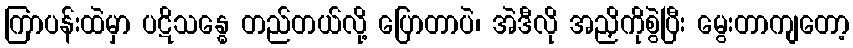
ကြာပန်းထဲမှာ ပဋိသန္ဓေ တည်တယ်လို့ ပြောတာပဲ၊ အဲဒီလို အညှိကိုစွဲပြီး မွေးတာကျတော့